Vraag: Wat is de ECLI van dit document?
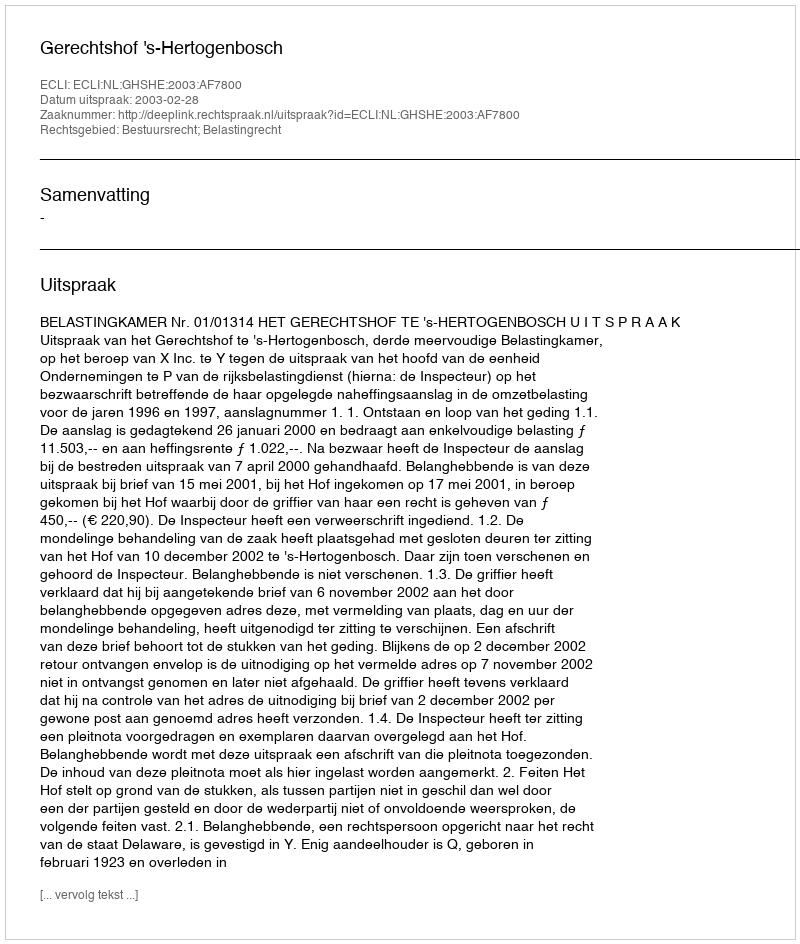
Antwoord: ECLI:NL:GHSHE:2003:AF7800